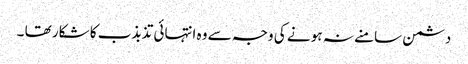
دشمن سامنے نہ ہو نے کی وجہ سے وہ انتہائی تذبذب کا شکار تھا ۔